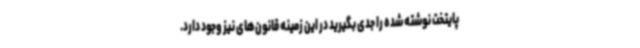
پایتخت نوشته شده را جدی بگیرید در این زمینه قانون‌های نیز وجود دارد.